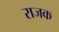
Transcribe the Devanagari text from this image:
राजक